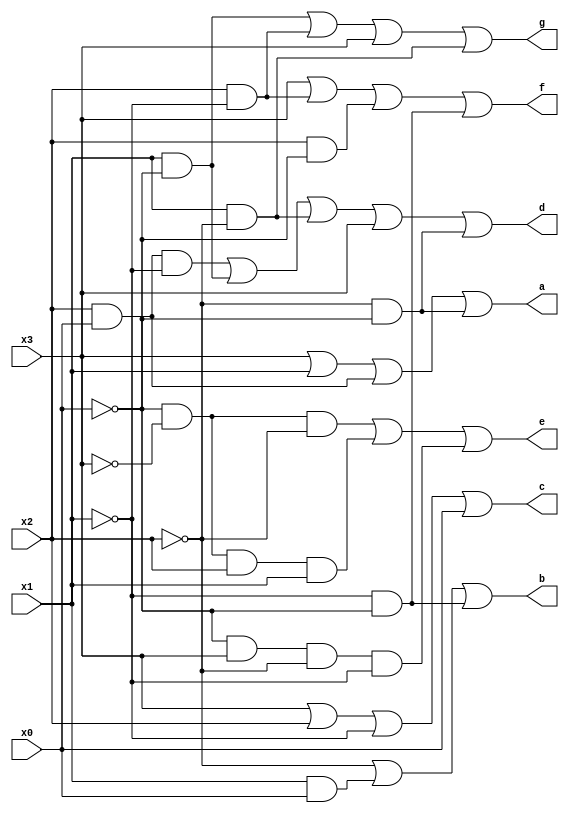
`timescale 1ns / 1ps
//////////////////////////////////////////////////////////////////////////////////
// Company: 
// Engineer: 
// 
// Design Name: 
// Module Name: SevenSegmentCombinational
// Project Name: 
// Target Devices: 
// Tool Versions: 
// Description: 
// 
// Dependencies: 
// 
// Revision:
// Revision 0.01 - File Created
// Additional Comments:
// 
//////////////////////////////////////////////////////////////////////////////////


module SevenSegmentCombinational(input x0, x1, x2, x3, output wire a, b, c, d, e, f, g);
    assign a = x3 | x1 | x2&x0 | ~x2&~x0;
    assign b = ~x2 | x1&x0 | ~x1&~x0;
    assign c = x3 | x2 | ~x1 | x0;
    assign d = x0&x2&~x1 | x1&~x0 | x1&~x2| x3 | ~x0&~x2;
    assign e = ~x0&~x3&~x2 | ~x0&~x3&x2&x1 | ~x0&x3&~x2&~x1;
    assign f = x3 | x2&~x1 | x2&~x0 | ~x1&~x0;
    assign g = x1&~x0 | x2&~x1 | x3 | ~x2&x1;
    
endmodule